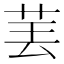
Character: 𱽝